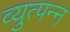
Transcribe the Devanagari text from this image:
व्‍युत्‍पन्‍न